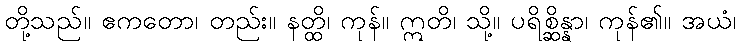
တို့သည်။ ဧကတော၊ တည်း။ နတ္ထိ၊ ကုန်။ ဣတိ၊ သို့။ ပရိစ္ဆိန္နာ၊ ကုန်၏။ အယံ၊